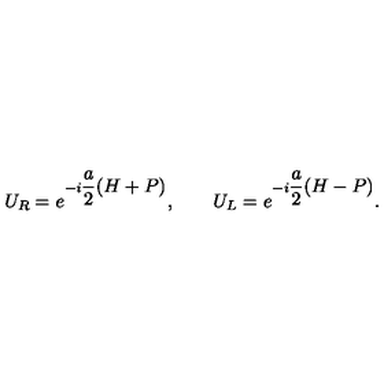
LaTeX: U _ { R } = e ^ { - i \displaystyle \frac { a } { 2 } ( H + P ) } , \qquad U _ { L } = e ^ { - i \displaystyle \frac { a } { 2 } ( H - P ) } .